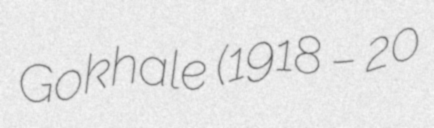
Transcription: Gokhale (1918 – 20